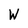
Character: W